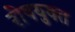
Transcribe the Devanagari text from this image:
रोषयुक्त